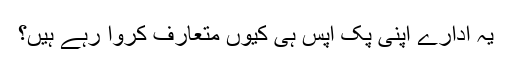
یہ ادارے اپنی پک اپس ہی کیوں متعارف کروا رہے ہیں؟